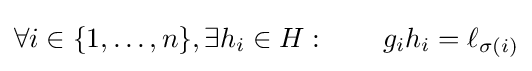
\forall i\in \{1,\ldots ,n\},\exists h_{i}\in H:\qquad g_{i}h_{i}=\ell _{\sigma (i)}